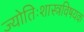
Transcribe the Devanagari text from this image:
ज्योतिःशास्त्रविषयक